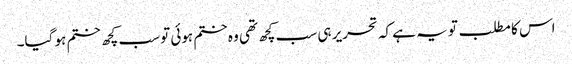
اس کا مطلب تو یہ ہے کہ تحریر ہی سب کچھ تھی وہ ختم ہوئی تو سب کچھ ختم ہو گیا۔